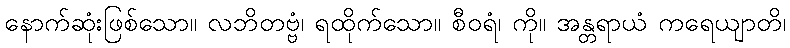
နောက်ဆုံးဖြစ်သော။ လဘိတဗ္ဗံ၊ ရထိုက်သော။ စီဝရံ၊ ကို။ အန္တရာယံ ကရေယျာတိ၊